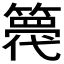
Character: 𮆋